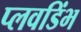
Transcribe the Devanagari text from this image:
प्लवडिंभ